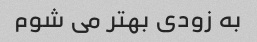
به زودی بهتر می شوم